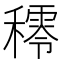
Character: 𥢴